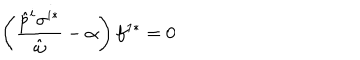
LaTeX: \left( \frac { \hat { p } ^ { i } \sigma ^ { i * } } { \hat { \omega } } - \alpha \right) f ^ { 1 * } = 0